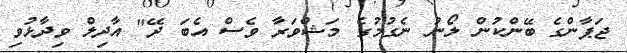
ޖަޕާންގެ ބޭންކުން ލޯނު ނެގުމުގެ މަޝްވަރާ ވެސް އެބަ ދޭ" އާދިލް ވިދާޅުވި